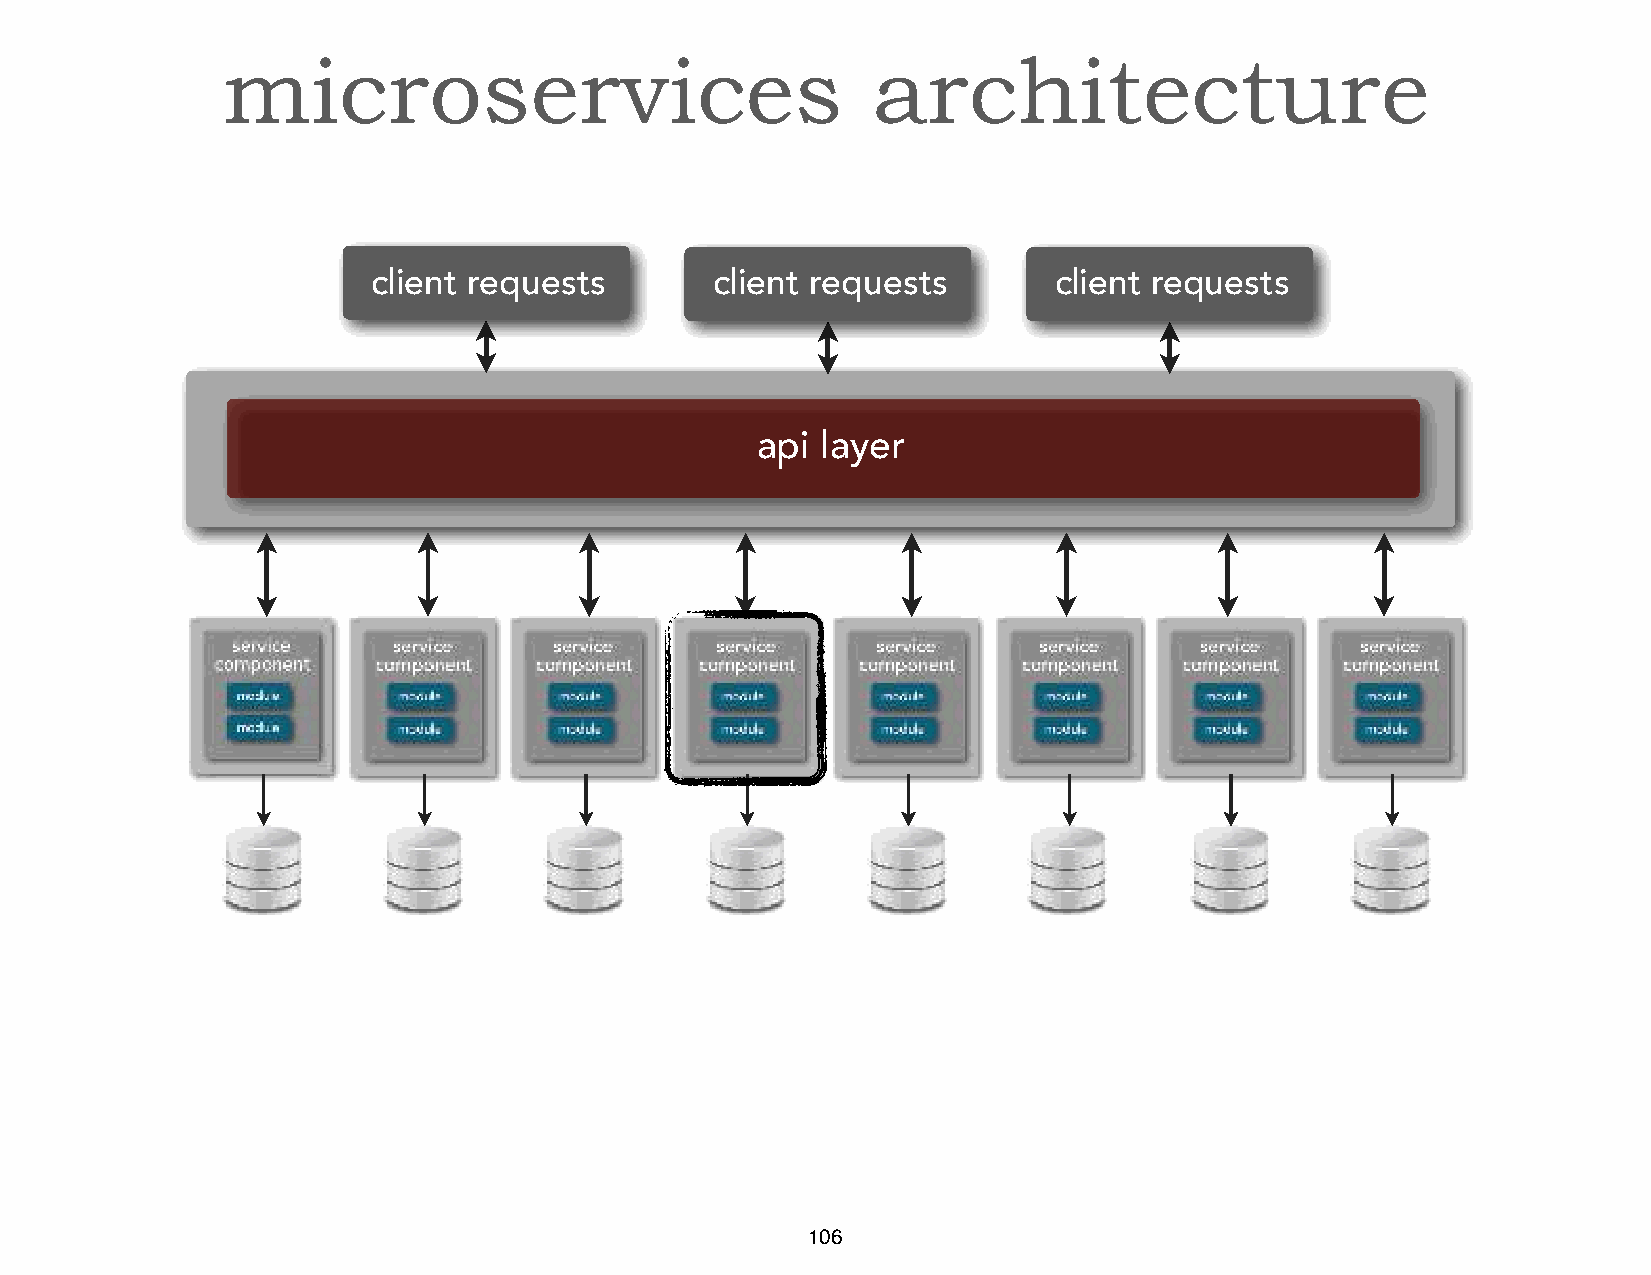
microservices                              architecture
 client requests       client requests        client requests
 api layer
 106